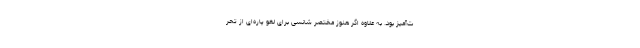
ت‌آمیز بود. به علاوه اگر هنوز مختصر شانسی برای لغو پاره‌ای از تحر